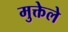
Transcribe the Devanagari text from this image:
मुक्तेले